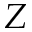
Z